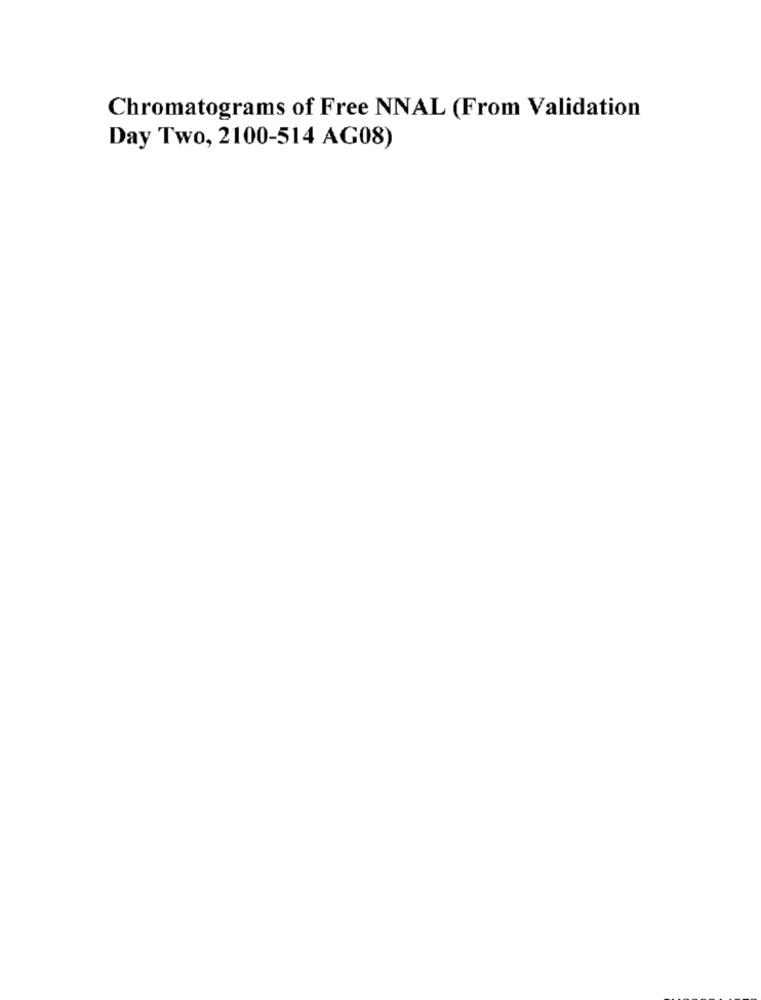
Chromatograms of Free NNAL (From Validation
Day Two, 2100-514 AG08)